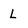
Character: L